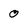
Character: 0